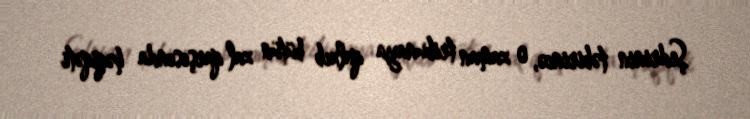
Şedrinin təbirincə, o zaman tribunaya qalxıb bütün zal qarşısında həqiqəti